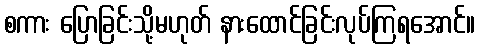
စကား ပြောခြင်းသို့မဟုတ် နားထောင်ခြင်းလုပ်ကြရအောင်။